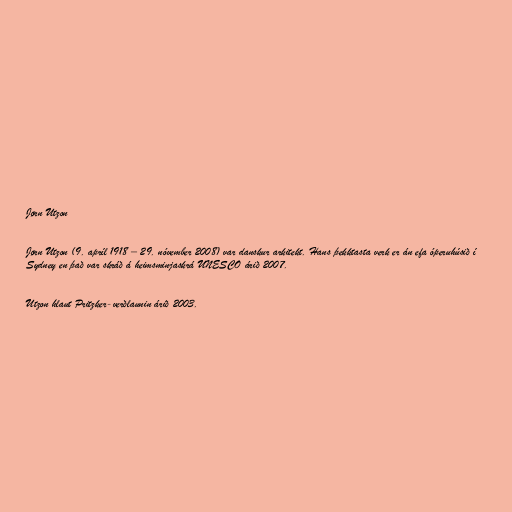
Jørn Utzon

Jørn Utzon (9. apríl 1918 – 29. nóvember 2008) var danskur arkitekt. Hans þekktasta verk er án efa óperuhúsið í
Sydney en það var skráð á heimsminjaskrá UNESCO árið 2007.

Utzon hlaut Pritzker-verðlaunin árið 2003.